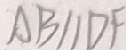
A B / / D F